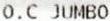
O.C JUMBO